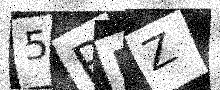
Text: 5RNZ